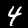
Label: 4